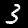
Label: 3